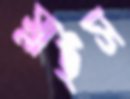
স্লাইস